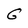
Character: G